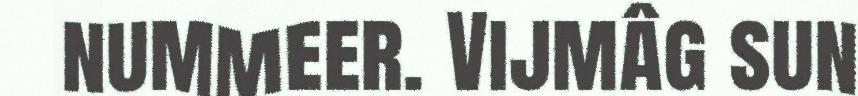
nummeer. Vijmâg sun